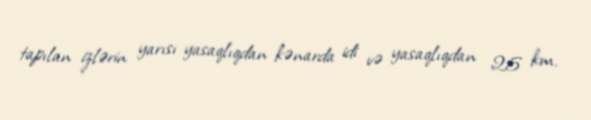
tapılan izlərin yarısı yasaqlıqdan kənarda idi və yasaqlıqdan 25 km.